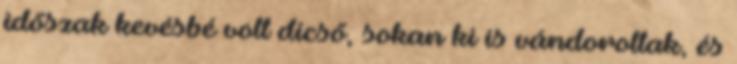
időszak kevésbé volt dicső, sokan ki is vándoroltak, és